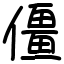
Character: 僵